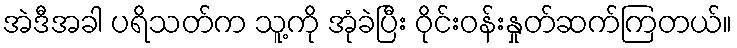
အဲဒီအခါ ပရိသတ်က သူ့ကို အုံခဲပြီး ဝိုင်းဝန်းနှုတ်ဆက်ကြတယ်။